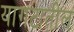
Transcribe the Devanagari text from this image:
यागटातील